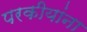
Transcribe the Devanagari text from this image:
परकीयांना